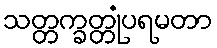
သတ္တက္ခတ္တုံပရမတာ